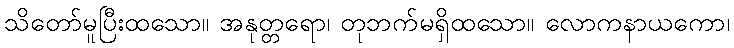
သိတော်မူပြီးထသော။ အနုတ္တရော၊ တုဘက်မရှိထသော။ လောကနာယကော၊